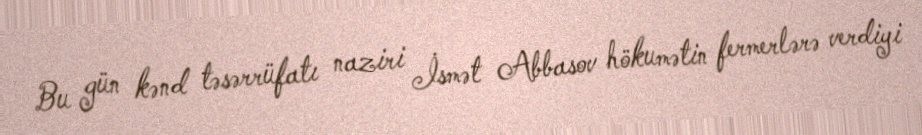
Bu gün kənd təsərrüfatı naziri İsmət Abbasov hökumətin fermerlərə verdiyi